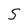
Character: S